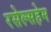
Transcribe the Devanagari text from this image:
रसेल्सहेम